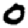
Digit: 0